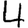
Digit: 4